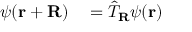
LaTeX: \begin{array} { r l } { \psi ( \mathbf { r + R } ) } & { { } = { \hat { T } } _ { \mathbf { R } } \psi ( \mathbf { r } ) } \end{array}